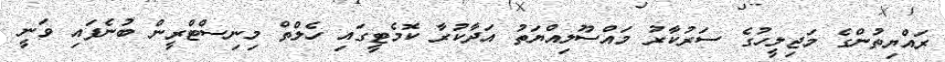
ރައްޔިތުންގެ މަޖިލީހުގެ ސަރުކާރު މައްސޫލިއްޔަތު އަދާކުރާ ކޮމެޓީގައި ހެލްތް މިނިސްޓްރީން ބުނެފައި ވަނީ